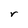
Character: r